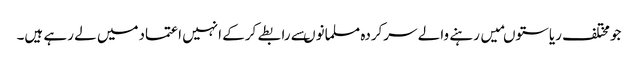
جومختلف ریاستوںمیں رہنے والے سرکردہ مسلمانوںسے رابطے کرکے انہیں اعتمادمیں لے رہے ہیں۔